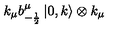
k _ { \mu } b _ { - \frac { 1 } { 2 } } ^ { \mu } \left| 0 , k \right\rangle \otimes k _ { \mu }